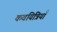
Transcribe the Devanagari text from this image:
कवयित्रियाँ